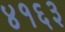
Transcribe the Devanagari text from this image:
४१६३